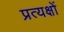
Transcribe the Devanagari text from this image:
प्रत्यक्षों